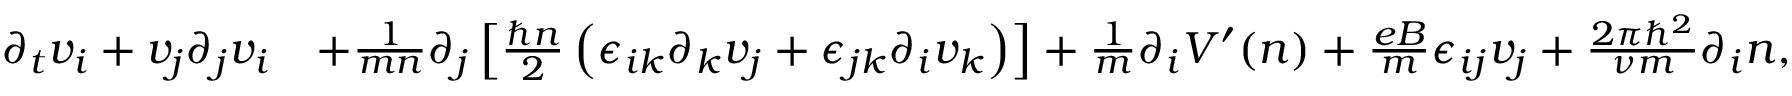
\begin{array} { r l } { \partial _ { t } v _ { i } + v _ { j } \partial _ { j } v _ { i } } & { + \frac { 1 } { m n } \partial _ { j } \left[ \frac { \hbar n } { 2 } \left( \epsilon _ { i k } \partial _ { k } v _ { j } + \epsilon _ { j k } \partial _ { i } v _ { k } \right) \right] + \frac { 1 } { m } \partial _ { i } V ^ { \prime } ( n ) + \frac { e B } { m } \epsilon _ { i j } v _ { j } + \frac { 2 \pi \hbar ^ { 2 } } { \nu m } \partial _ { i } n , } \end{array}